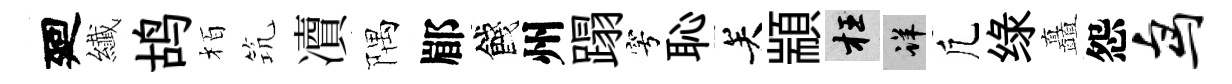
廻纎鸪栢𥬑凟隅郿餞州蹋穹恥关顓枉详凢绿矗怨鸟